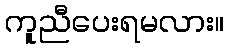
ကူညီပေးရမလား။